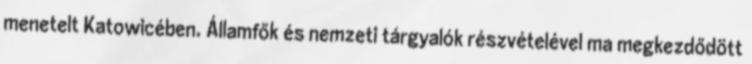
menetelt Katowicében. Államfők és nemzeti tárgyalók részvételével ma megkezdődött